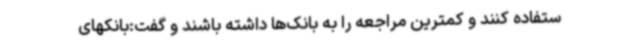
ستفاده کنند و کمترین مراجعه را به بانک‌ها داشته باشند و گفت:بانکهای